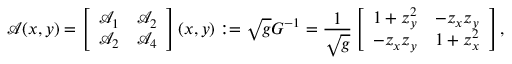
\mathcal { A } ( x , y ) = \left[ \begin{array} { l l } { \mathcal { A } _ { 1 } } & { \mathcal { A } _ { 2 } } \\ { \mathcal { A } _ { 2 } } & { \mathcal { A } _ { 4 } } \end{array} \right] ( x , y ) : = \sqrt { g } G ^ { - 1 } = \frac { 1 } { \sqrt { g } } \left[ \begin{array} { l l } { 1 + z _ { y } ^ { 2 } } & { - z _ { x } z _ { y } } \\ { - z _ { x } z _ { y } } & { 1 + z _ { x } ^ { 2 } } \end{array} \right] ,